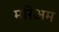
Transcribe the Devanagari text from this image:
मरिअम